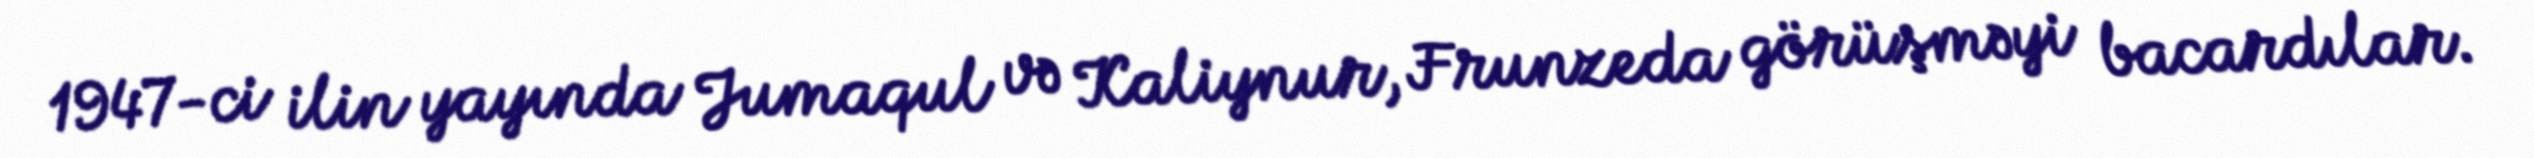
1947-ci ilin yayında Jumaqul və Kaliynur, Frunzeda görüşməyi bacardılar.